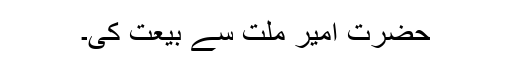
حضرت امیرِ ملّت سے بیعت کی۔